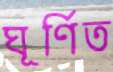
ঘূর্ণিত